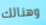
وهنالك